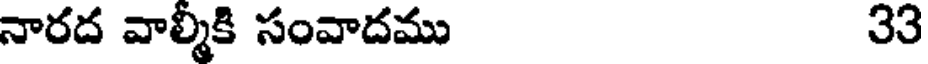
నారద వాల్మీకి సంవాదము 33